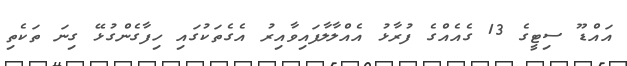
އައްޑޫ ސިޓީގެ 13 ގެއެއްގެ ފުރާޅު އެއްލާލާފައިވާއިރު އެގެތަކުގައި ހިފާގެންގުޅޭ ގިނަ ތަކެތި